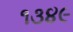
૧૩૪૯